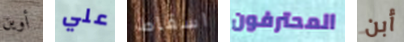
أوين علي اسقاط المحترفون أبن